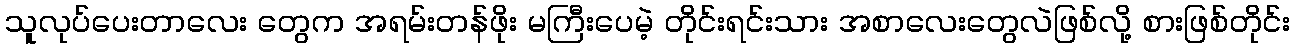
သူလုပ်ပေးတာလေး တွေက အရမ်းတန်ဖိုး မကြီးပေမဲ့ တိုင်းရင်းသား အစာလေးတွေလဲဖြစ်လို့ စားဖြစ်တိုင်း